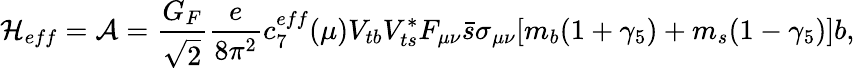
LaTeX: {\cal H}_{eff}={\cal A}=\displaystyle\frac{G_{F}}{\sqrt{2}}\displaystyle\frac{e}{8\pi^{2}}c_{7}^{eff}(\mu)V_{tb}V_{ts}^{*}F_{\mu\nu}\bar{s}\sigma_{\mu\nu}[m_{b}(1+\gamma_{5})+m_{s}(1-\gamma_{5})]b,